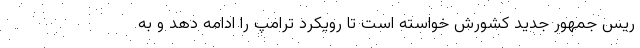
ریس جمهور جدید کشورش خواسته است تا رویکرد ترامپ را ادامه دهد و به